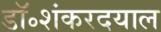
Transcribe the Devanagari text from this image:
डॉ॰शंकरदयाल